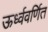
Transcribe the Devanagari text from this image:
ऊर्ध्ववर्णित